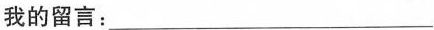
我的留言：___